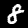
Digit: 8